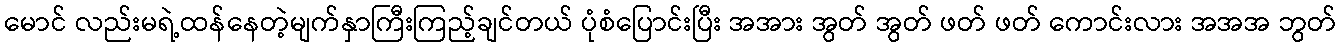
မောင် လည်းမရဲ့ထန်နေတဲ့မျက်နှာကြီးကြည့်ချင်တယ် ပုံစံပြောင်းပြီး အအား အွတ် အွတ် ဖတ် ဖတ် ကောင်းလား အအအ ဘွတ်